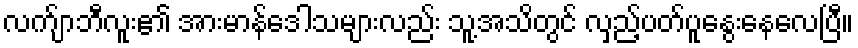
လက်ျာဘီလူး၏ အားမာန်ဒေါသများလည်း သူ့အသိတွင် လှည့်ပတ်ပူနွေးနေလေပြီ။